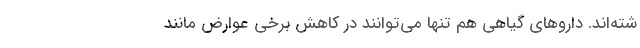
شته‌اند. داروهای گیاهی هم تنها می‌توانند در کاهش برخی عوارض مانند